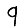
Digit: 9